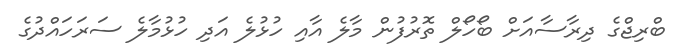
ބްރިޖްގެ ދިރާސާއަށް ބޯހޯލް ތޮރުފުން މާލެ އާއި ހުޅުލެ އަދި ހުޅުމާލެ ސަރަހައްދުގެ